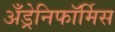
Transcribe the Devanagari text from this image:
अँड्रेनिफॉर्मिस